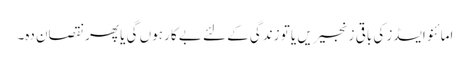
امائنو ایسڈز کی باقی زنجیریں یا تو زندگی کے لئے بے کار ہوں گی یا پھر نقصان دہ۔